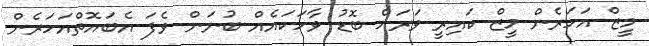
މީޒް އަހަރެން މީޒް ކައިރީ ވަރަށް ބޮޑު ވާހަކައެއް ބުނަން ވެފަ އެބައޮތްއަހަރެން